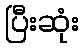
ပြီးဆုံး